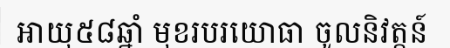
អាយុ៥៨ឆ្នាំ មុខរបរយោធា ចូលនិវត្តន៍